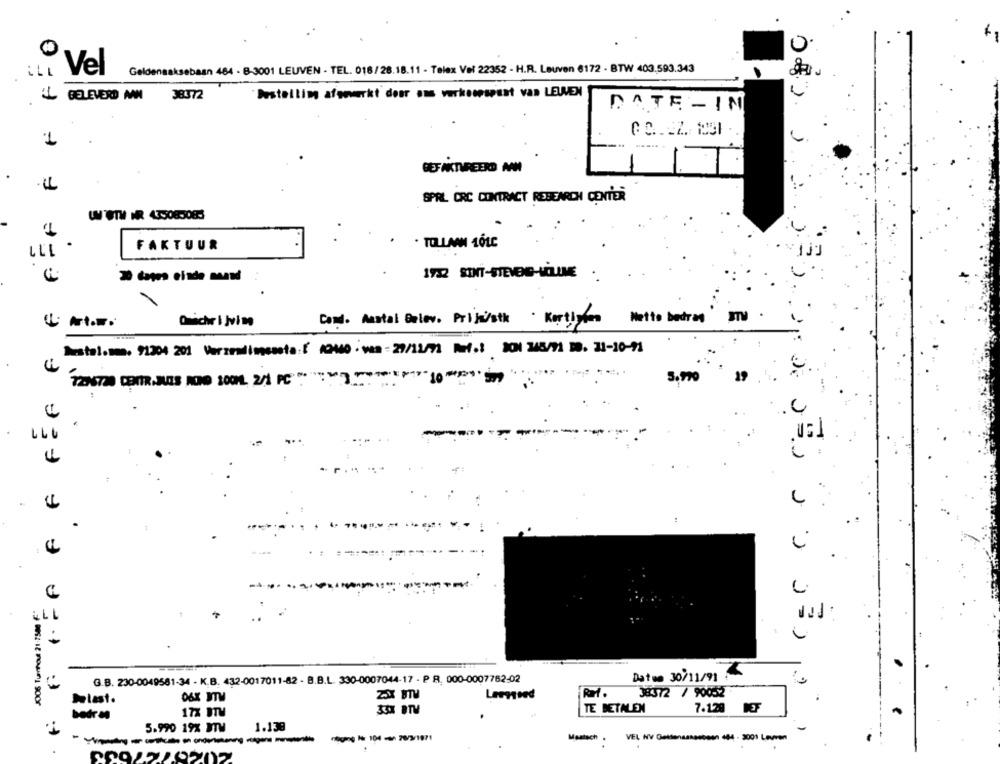
0
0
Geldenaaksebaan 464 - B-3001 LEUVEN - TEL. 016/26.18.11 - Telex Vel 22352 - H.R. Leuven 6172 · BTW 403.593.343
il. Vel
'L GELEVERD AN
38372
Bestellim afgewerkt door oms verkenespunt van LEUVEN
DATE - IN
1
BEFAKTUREERD AN
SPRL CRC CONTRACT RESEARCH CENTER
LOTH NR 435085085
. TOLLAM 16LC
FAKTUUR
Mette bedres
Omschrijving
Cond. Amatal Below. Prisi/stk . Kortison
Destal.mmm. 91304 201 Verzendingcosta: [ 1040 . vea : 29/12/71 Ref .: 301 348/91 30. 31-10-71
-10#1
39
FF
L
€
G.B. 230-0049581-34 - K.B. 432-0017011-82 - B.B.L. 330-0007044-17 - P R. 000-0007762-02
Datos 30/11/91
Lemmsed
38312 / 90052
Jelast.
4:
33X BTV
TE BETALEN
7.129
badr M
17% ITV
1.138
5.990 19% ITM
neging Is 104 / 20/2/1971
Maatsch .
VEL NV Geldensangebeen 484 - 3001 Lovren